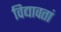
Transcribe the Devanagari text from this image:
विद्यावतां